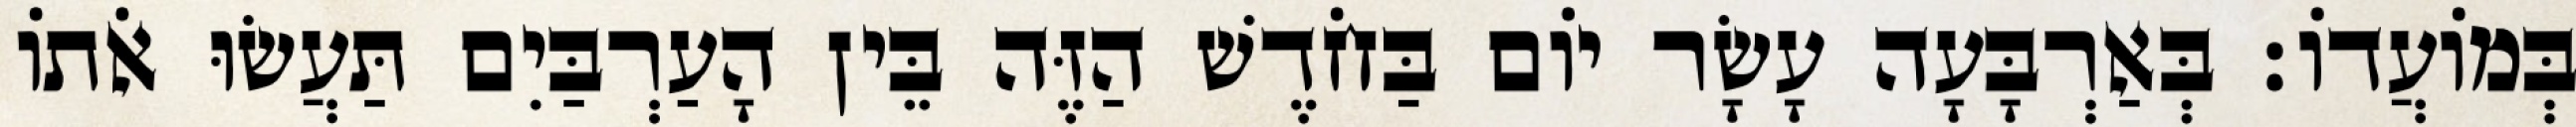
בְּמוֹעֲדוֹ׃ בְּאַרְבָּעָה עָשָׂר יוֹם בַּחֹדֶשׁ הַזֶּה בֵּין הָעַרְבַּיִם תַּעֲשׂוּ אֹתוֹ